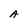
Character: A